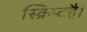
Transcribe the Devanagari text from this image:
स्क्रिप्टहै।